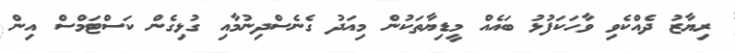
ރިޔާޒު ދެއްކެވި ވާހަކަފުޅު ބައެއް މީޑިޔާތަކުން މިއަދު ގެނެސްދިނުމާއި ގުޅިގެން ކަސްޓަމްސް އިން